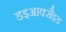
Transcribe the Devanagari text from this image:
डइआक्सैइड